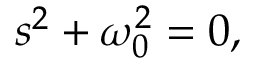
s ^ { 2 } + \omega _ { 0 } ^ { 2 } = 0 ,